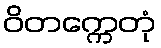
ဝိတက္ကေတုံ